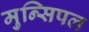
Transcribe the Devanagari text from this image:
मुन्सिपल